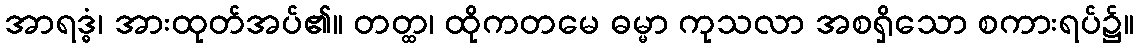
အာရဒ္ဓံ၊ အားထုတ်အပ်၏။ တတ္ထ၊ ထိုကတမေ ဓမ္မာ ကုသလာ အစရှိသော စကားရပ်၌။